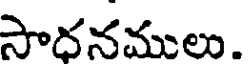
సాధనములు.